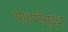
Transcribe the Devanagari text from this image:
माध्यमेसुद्धा